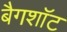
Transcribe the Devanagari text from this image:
बैगशॉट